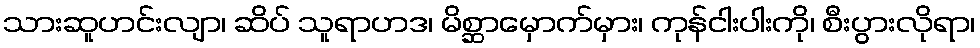
သားဆူဟင်းလျာ၊ ဆိပ် သူရာဟဒ၊ မိစ္ဆာမှောက်မှား၊ ကုန်ငါးပါးကို၊ စီးပွားလိုရာ၊